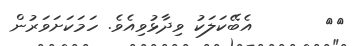
٦٧       އެބޭކަލަކު ވިދާޅުވިއެވެ. ހަމަކަށަވަރުން